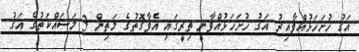
އަގު ހުށަހަޅުއްވާއިރު އަގު ހުށަހަޅުއްވާނީ ތިރީގައި އެވާގޮތުގެ މަތިން 3 މަސައްކަތުގެ އަގު